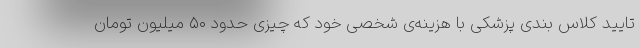
تایید کلاس بندی پزشکی با هزینه‌ی شخصی خود که چیزی حدود ۵۰ میلیون تومان